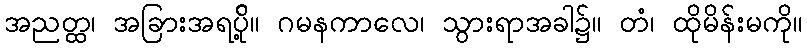
အညတ္ထ၊ အခြားအရပ်ို့။ ဂမနကာလေ၊ သွားရာအခါ၌။ တံ၊ ထိုမိန်းမကို။